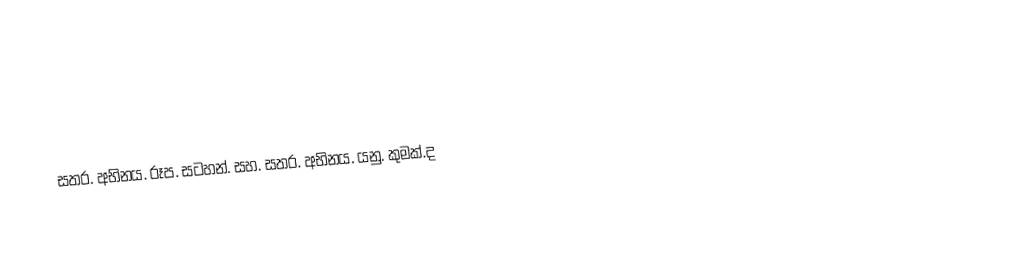
සතර.  අභිනය.  රූප.  සටහන්.   සහ.  සතර.  අභිනය.   යනු.   කුමක්.ද